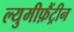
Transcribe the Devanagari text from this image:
ल्युमीफ़ैंट्रीन